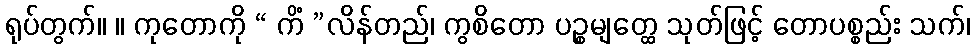
ရုပ်တွက်။ ။ ကုတောကို “ ကိံ ”လိန်တည်၊ ကွစိတော ပဉ္စမျတ္ထေ သုတ်ဖြင့် တောပစ္စည်း သက်၊